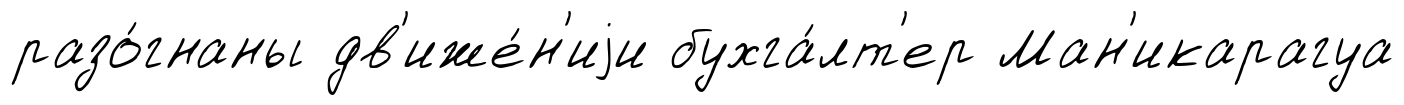
разо́гнаны дв'иже́н'иjи бухга́лт'ер Ман'икарагуа